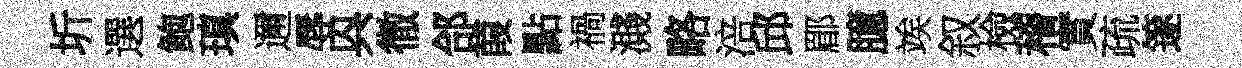
圻選鲍瑱邇辱㒷徹郃葭點禍濺略涪邱郿臆竢叙檢稽實疏篴